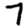
Digit: 7